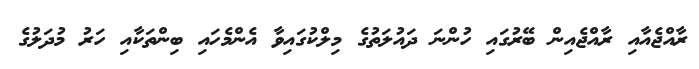
ރާއްޖެއާއި ރާއްޖެއިން ބޭރުގައި ހުންނަ ދައުލަތުގެ މިލްކުގައިވާ އެންމެހައި ބިންތަކާއި ހަރު މުދަލުގެ